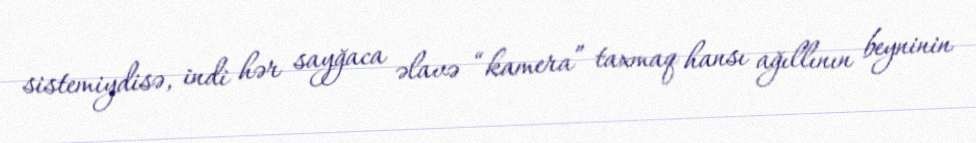
sistemiydisə, indi hər sayğaca əlavə “kamera” taxmaq hansı ağıllının beyninin